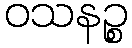
ဝသနဉ္စ